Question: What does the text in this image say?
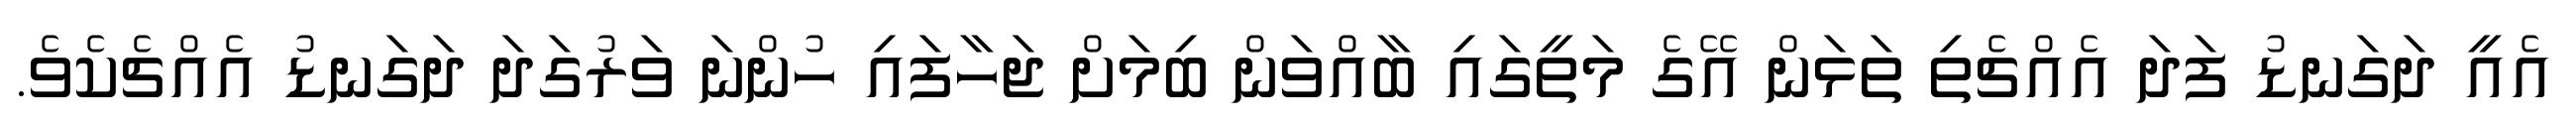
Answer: އެއީ ދަގަނޑު ފަދަ އެއްޗެތި ތަޅަން އޭގެ މަތީގައި ބާއްވަން ބިމަށް ޖަހާފައި ހުންނަ ވަރުގަދަ ދަގަނޑު އެއްޗެކެވެ.